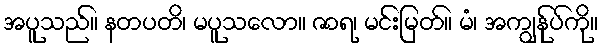
အပူသည်။ နတပတိ၊ မပူသလော။ ဇာရ၊ မင်းမြတ်။ မံ၊ အကျွန်ုပ်ကို။